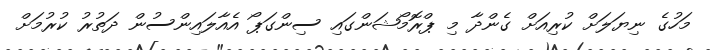
މަހުގެ ނިޔަލަށް ކުރިއަށް ގެންދާ މި ޕްރޮމޯޝަންގައި ސިންގަޕޯ އެއާލައިންސުން ދަތުރު ކުރުމަށް